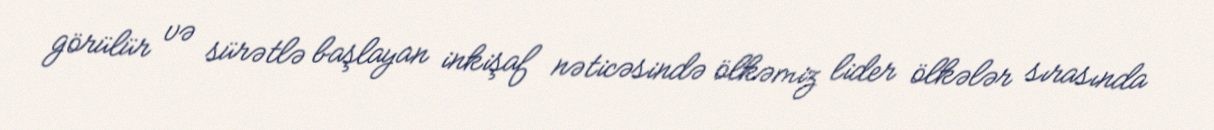
görülür və sürətlə başlayan inkişaf nəticəsində ölkəmiz lider ölkələr sırasında